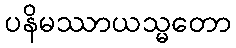
ပနိမဿာယသ္မတော